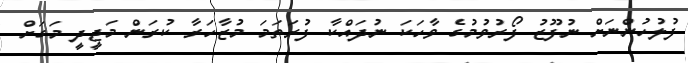
ފުލުހުންނަށް ނުފޫޒު ފޯރުވުމުގެ ވާހަކަ ނުދައްކާ ފުރަތަމަ މުޒާހަރާ ކުރަން މަޖީދީ މަގަށް